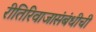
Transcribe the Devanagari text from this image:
रीतिरिवाजासंबंधीची